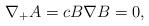
LaTeX: \begin{align*}\nabla_+ A = c B \nabla B = 0,\end{align*}